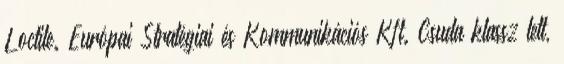
Loctite. Európai Stratégiai és Kommunikációs Kft. Csuda klassz lett,